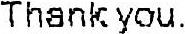
THANK YOU.